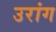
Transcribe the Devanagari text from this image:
उरांग